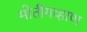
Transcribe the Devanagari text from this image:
मोतीगव्हाण